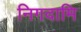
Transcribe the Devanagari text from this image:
निगदामि